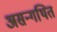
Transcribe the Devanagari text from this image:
असन्गथित